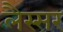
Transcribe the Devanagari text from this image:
लैस्सर